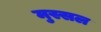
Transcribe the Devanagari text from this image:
मुस्सल